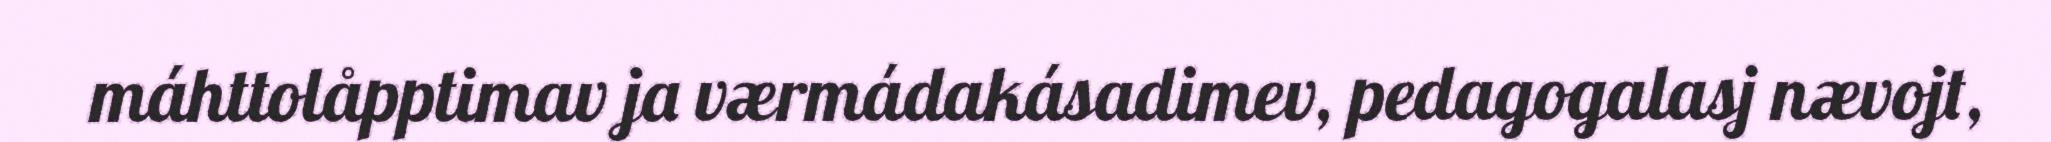
máhttolåpptimav ja værmádakásadimev, pedagogalasj nævojt,